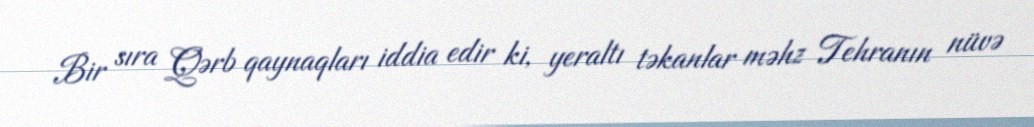
Bir sıra Qərb qaynaqları iddia edir ki, yeraltı təkanlar məhz Tehranın nüvə